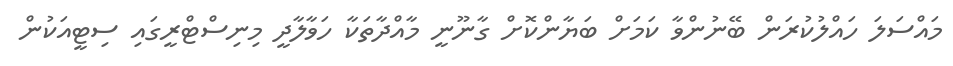
މައްސަލަ ހައްލުކުރަން ބޭނުންވާ ކަމަށް ބަޔާންކޮށް ގާނޫނީ މާއްދާތަކާ ހަވާލާދީ މިނިސްޓްރީގައި ސިޓީއަކުން